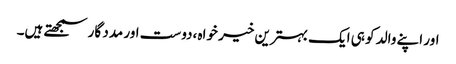
اور اپنے والد کو ہی ایک بہترین خیر خواہ ،دوست اور مدد گار سمجھتے ہیں۔